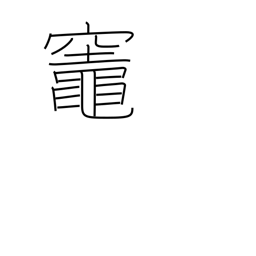
Meaning: kitchen stove